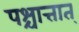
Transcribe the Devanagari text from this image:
पश्चात्तात्‌